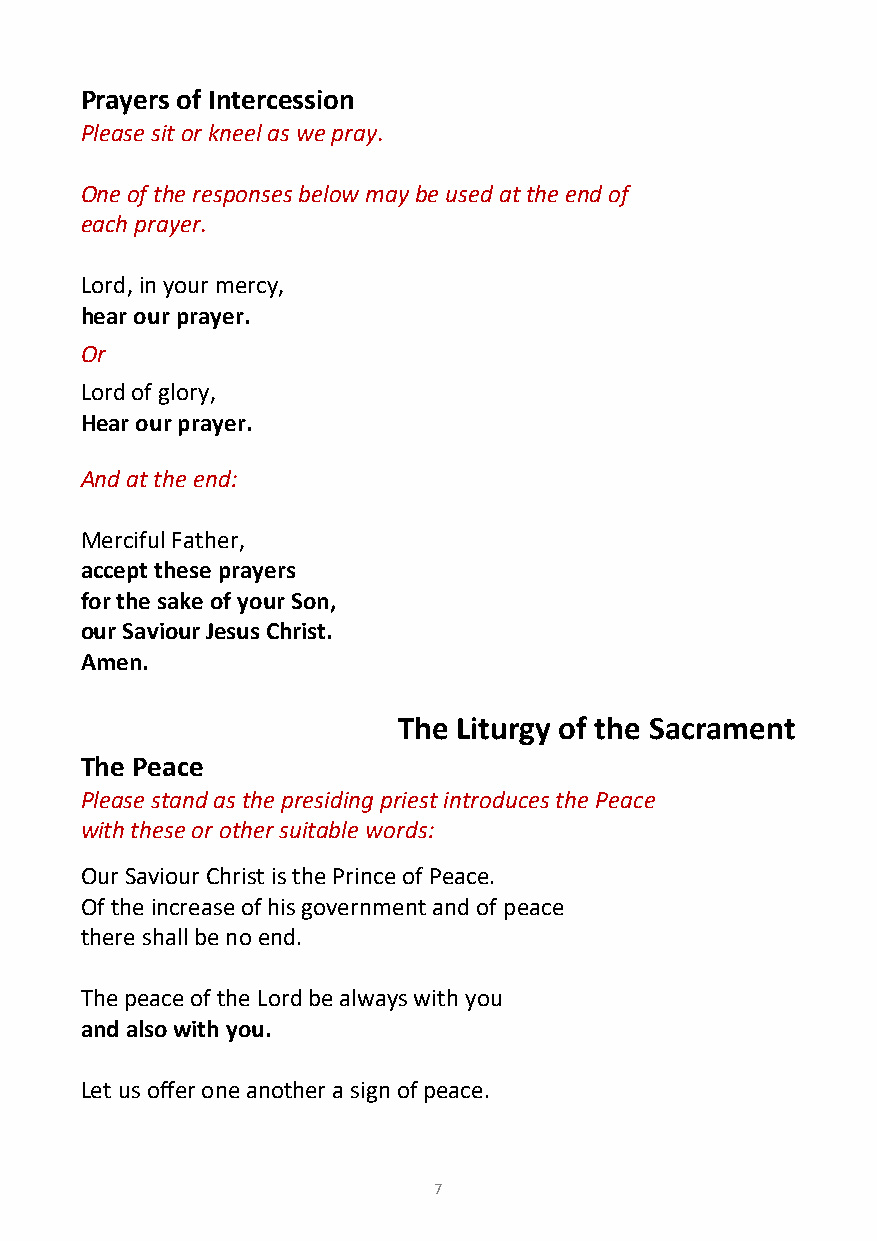
Prayers of Intercession
 Please sit or kneel as we pray.
 One of the responses below may be used at the end of
 each prayer.
 Lord, in your mercy,
 hear our prayer.
 Or
 Lord of glory,
 Hear our prayer.
 And at the end:
 Merciful Father,
 accept these prayers
 for the sake of your Son,
 our Saviour Jesus Christ.
 Amen.
 The Liturgy of the Sacrament
 The Peace
 Please stand as the presiding priest introduces the Peace
 with these or other suitable words:
 Our Saviour Christ is the Prince of Peace.
 Of the increase of his government and of peace
 there shall be no end.
 The peace of the Lord be always with you
 and also with you.
 Let us offer one another a sign of peace.
 7